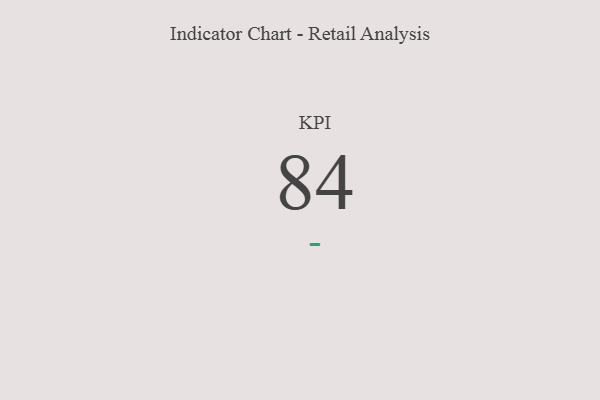
{"axis": {"x": "KPI", "y": "Value"}, "legend": [""], "data": [{"x": "KPI", "y": 84, "type": ""}]}